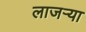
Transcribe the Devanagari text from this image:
लाजर्‍या